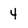
Character: 4